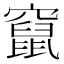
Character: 竄